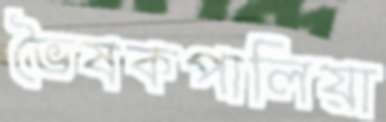
ভৈষকপালিয়া